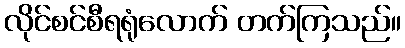
လိုင်စင်စီရရုံလောက် တက်ကြသည်။